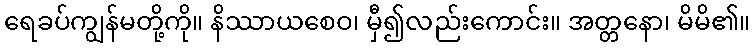
ရေခပ်ကျွန်မတို့ကို။ နိဿာယစေဝ၊ မှီ၍လည်းကောင်း။ အတ္တနော၊ မိမိ၏။